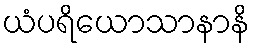
ယံပရိယောသာနာနိ